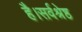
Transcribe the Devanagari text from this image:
है।सर्वश्रेष्ठ